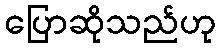
ပြောဆိုသည်ဟု